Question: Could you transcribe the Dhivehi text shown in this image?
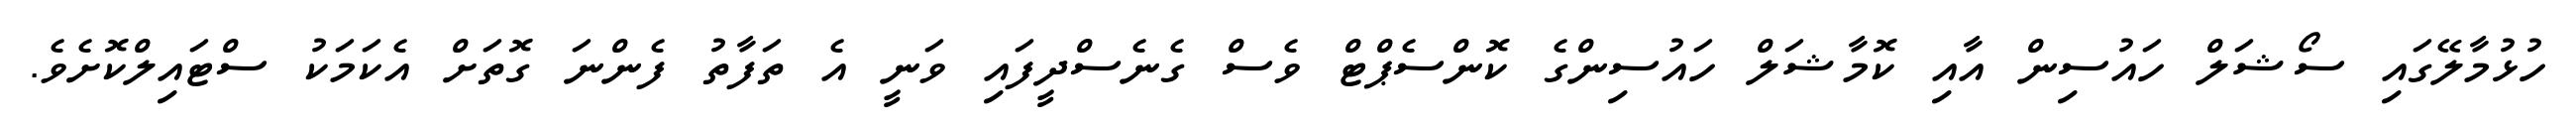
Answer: ހުޅުމާލޭގައި ސޯޝަލް ހައުސިން އާއި ކޮމާޝަލް ހައުސިންގެ ކޮންސެޕްޓް ވެސް ގެނެސްދީފައި ވަނީ އެ ތަފާތު ފެންނަ ގޮތަށް އެކަމަކު ސްޓައިލްކޮށެވެ.